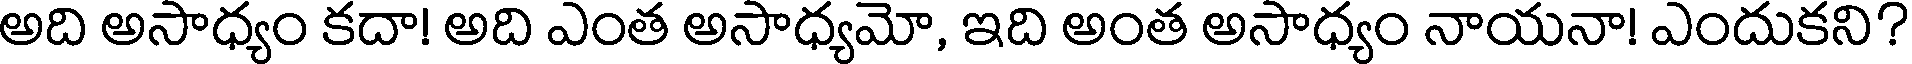
అది అసాధ్యం కదా! అది ఎంత అసాధ్యమో, ఇది అంత అసాధ్యం నాయనా! ఎందుకని?